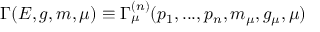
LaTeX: \Gamma ( E , g , m , \mu ) \equiv \Gamma _ { \mu } ^ { ( n ) } ( p _ { 1 } , . . . , p _ { n } , m _ { \mu } , g _ { \mu } , \mu )